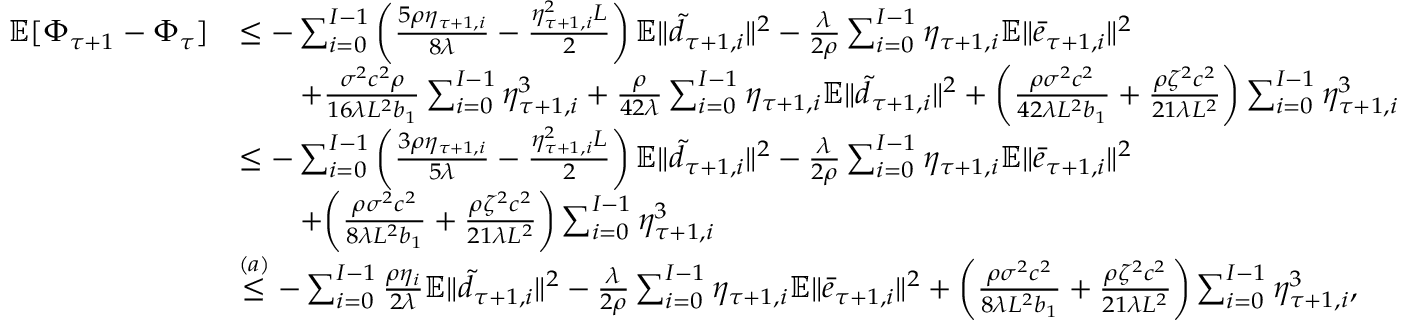
\begin{array} { r l } { \mathbb { E } [ \Phi _ { \tau + 1 } - \Phi _ { \tau } ] } & { \leq - \sum _ { i = 0 } ^ { I - 1 } \left( \frac { 5 \rho \eta _ { \tau + 1 , i } } { 8 \lambda } - \frac { \eta _ { \tau + 1 , i } ^ { 2 } L } { 2 } \right) \mathbb { E } \| \tilde { d } _ { \tau + 1 , i } \| ^ { 2 } - \frac { \lambda } { 2 \rho } \sum _ { i = 0 } ^ { I - 1 } \eta _ { \tau + 1 , i } \mathbb { E } \| \bar { e } _ { \tau + 1 , i } \| ^ { 2 } } \\ & { \qquad + \frac { \sigma ^ { 2 } c ^ { 2 } \rho } { 1 6 \lambda L ^ { 2 } b _ { 1 } } \sum _ { i = 0 } ^ { I - 1 } \eta _ { \tau + 1 , i } ^ { 3 } + \frac { \rho } { 4 2 \lambda } \sum _ { i = 0 } ^ { I - 1 } \eta _ { \tau + 1 , i } \mathbb { E } \| \tilde { d } _ { \tau + 1 , i } \| ^ { 2 } + \bigg ( \frac { \rho \sigma ^ { 2 } c ^ { 2 } } { 4 2 \lambda L ^ { 2 } b _ { 1 } } + \frac { \rho \zeta ^ { 2 } c ^ { 2 } } { 2 1 \lambda L ^ { 2 } } \bigg ) \sum _ { i = 0 } ^ { I - 1 } \eta _ { \tau + 1 , i } ^ { 3 } } \\ & { \leq - \sum _ { i = 0 } ^ { I - 1 } \left( \frac { 3 \rho \eta _ { \tau + 1 , i } } { 5 \lambda } - \frac { \eta _ { \tau + 1 , i } ^ { 2 } L } { 2 } \right) \mathbb { E } \| \tilde { d } _ { \tau + 1 , i } \| ^ { 2 } - \frac { \lambda } { 2 \rho } \sum _ { i = 0 } ^ { I - 1 } \eta _ { \tau + 1 , i } \mathbb { E } \| \bar { e } _ { \tau + 1 , i } \| ^ { 2 } } \\ & { \qquad + \bigg ( \frac { \rho \sigma ^ { 2 } c ^ { 2 } } { 8 \lambda L ^ { 2 } b _ { 1 } } + \frac { \rho \zeta ^ { 2 } c ^ { 2 } } { 2 1 \lambda L ^ { 2 } } \bigg ) \sum _ { i = 0 } ^ { I - 1 } \eta _ { \tau + 1 , i } ^ { 3 } } \\ & { \overset { ( a ) } { \leq } - \sum _ { i = 0 } ^ { I - 1 } \frac { \rho \eta _ { i } } { 2 \lambda } \mathbb { E } \| \tilde { d } _ { \tau + 1 , i } \| ^ { 2 } - \frac { \lambda } { 2 \rho } \sum _ { i = 0 } ^ { I - 1 } \eta _ { \tau + 1 , i } \mathbb { E } \| \bar { e } _ { \tau + 1 , i } \| ^ { 2 } + \bigg ( \frac { \rho \sigma ^ { 2 } c ^ { 2 } } { 8 \lambda L ^ { 2 } b _ { 1 } } + \frac { \rho \zeta ^ { 2 } c ^ { 2 } } { 2 1 \lambda L ^ { 2 } } \bigg ) \sum _ { i = 0 } ^ { I - 1 } \eta _ { \tau + 1 , i } ^ { 3 } , } \end{array}